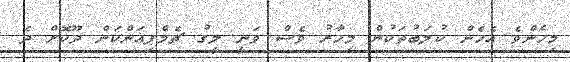
މިހެންވެ އެހެން ކުލަބުތަކުން މިހާރު ވެސް ވަނީ ލީގު ޗެމްޕިއަންކަން ދޫކޮށް ދެ